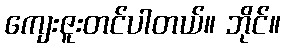
ကျေးဇူးတင်ပါတယ်။ ဘိုင်။